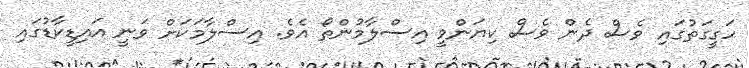
ހަގީގަތުގައި ވެސް ދެން ވެސް ކިޔަންވީ އިސްލާމުންތޯ އެވެ. އިސްލާމަކަށް ވަނީ އައިޑީކާޑުގައި